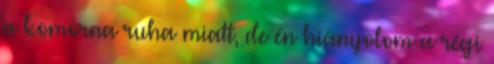
a komorna ruha miatt, de én hiányolom a régi